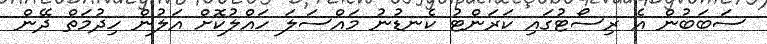
ސަބަބުން އެ ރިސޯޓުގައި ކަރަންޓު ކެނޑުނު މައްސަލަ ހައްލުކޮށް އަލުން ހިދުމަތް ދޭން